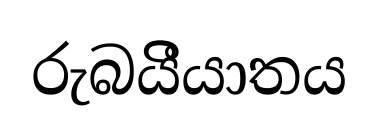
රුබයිීයාතය